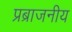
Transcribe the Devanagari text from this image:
प्रब्राजनीय